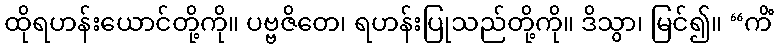
ထိုရဟန်းယောင်တို့ကို။ ပဗ္ဗဇိတေ၊ ရဟန်းပြုသည်တို့ကို။ ဒိသွာ၊ မြင်၍။ “ကိံ